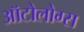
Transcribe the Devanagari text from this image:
ऑटोलोग्स